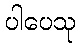
ပါပေသု